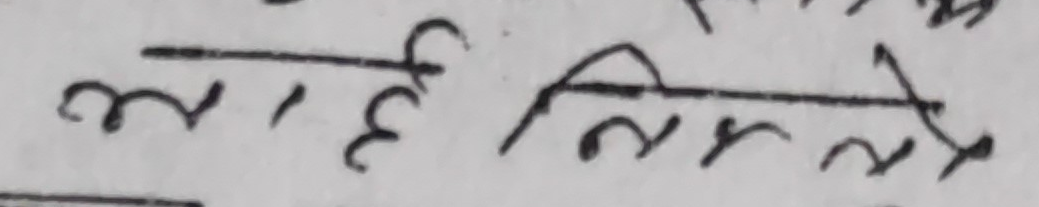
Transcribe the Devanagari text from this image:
लाई निमल्ने